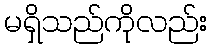
မရှိသည်ကိုလည်း